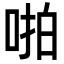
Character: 啪